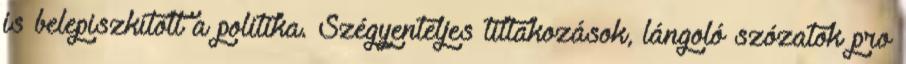
is belepiszkított a politika. Szégyenteljes tiltakozások, lángoló szózatok pro